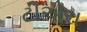
ટીએરા